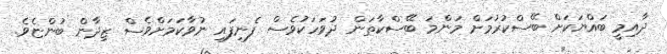
ދާއިމީ ބައްޔަކަށް ބޭސްކުރުމަށް މަންމަ ބޭސްކާތަން ދުވަހަކުވެސް ފެނިފައި ނުވާކަމަށްވެސް ޒިދާން ބުންޏެވެ.